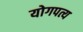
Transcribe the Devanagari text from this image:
योगपत्य